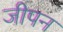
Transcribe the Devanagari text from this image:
जीपन